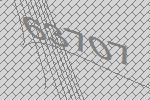
63707